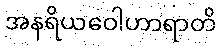
အနရိယဝေါဟာရာတိ